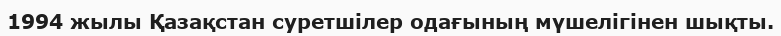
1994 жылы Қазақстан суретшілер одағының мүшелігінен шықты.